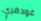
غودفري